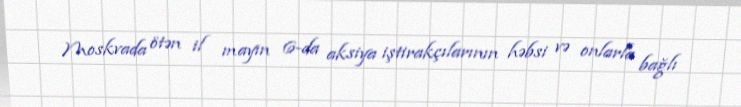
Moskvada ötən il mayın 6-da aksiya iştirakçılarının həbsi və onlarla bağlı